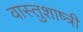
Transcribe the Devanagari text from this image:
वास्तुशाष्त्री